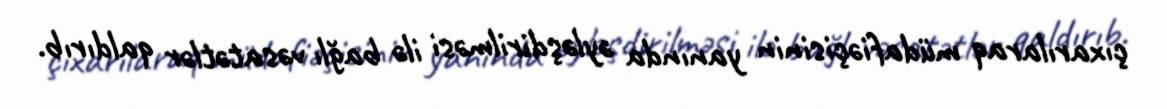
çıxarılaraq müdafiəçisinin yanında əyləşdirilməsi ilə bağlı vəsatətlər qaldırıb.